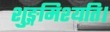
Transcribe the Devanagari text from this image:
शुङ्गमिश्यति।